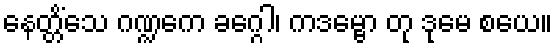
နေတ္တိံသေ ဂဏ္ဍကေ ခဂ္ဂေါ၊ ကဒမ္ဗော တု ဒုမေ စယေ။